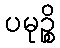
ပမုဉ္စိ